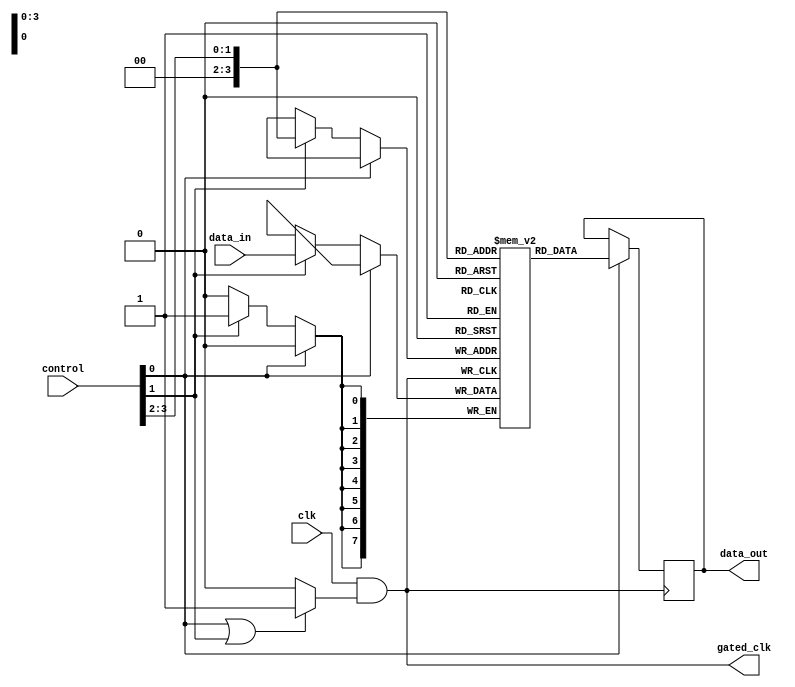
module memory_block_dcg (
    input wire clk,             // Main clock input
    input wire [3:0] control,   // Control signals (e.g., read/write requests)
    input wire [7:0] data_in,    // Data input for write operations
    output reg [7:0] data_out,    // Data output for read operations
    output wire gated_clk       // Gated clock output
);

    // Parameter for memory size
    parameter MEM_SIZE = 16;    // Size of memory (number of storage cells)
    reg [7:0] memory [0:MEM_SIZE-1]; // Memory array (e.g., SRAM cells)

    // Clock gating logic
    reg clk_enable;
    always @(*) begin
        // Determine clock enable signal based on control signals
        if (control[0] || control[1]) // Example: active during read/write
            clk_enable = 1'b1;
        else
            clk_enable = 1'b0;
    end

    // Gated clock generation
    assign gated_clk = clk & clk_enable; // Gating the clock based on clk_enable

    // Memory access logic
    always @(posedge gated_clk) begin
        if (control[0]) begin  // Read operation
            data_out <= memory[control[3:2]]; // Using control bits for addressing
        end else if (control[1]) begin  // Write operation
            memory[control[3:2]] <= data_in; // Using control bits for addressing
        end
    end

endmodule